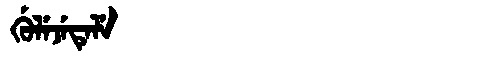
Manchu: ᡤᡠᠯᡝᠵᡝᡨᡝᠯᡝ
Romanization: GULEJETELE